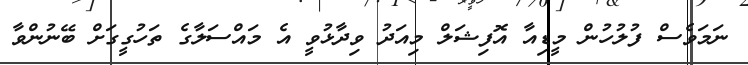
ނަމަވެސް ފުލުހުން މީޑިއާ އޮފިޝަލް މިއަދު ވިދާޅުވީ އެ މައްސަލާގެ ތަހުގީގަށް ބޭނުންވާ